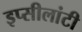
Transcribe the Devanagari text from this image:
इप्सीलांटी